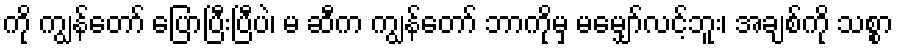
ကို ကျွန်တော် ပြောပြီးပြီပဲ၊ မ ဆီက ကျွန်တော် ဘာကိုမှ မမျှော်လင့်ဘူး၊ အချစ်ကို သစ္စာ